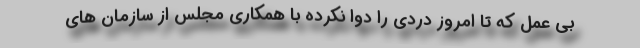
بی عمل که تا امروز دردی را دوا نکرده با همکاری مجلس از سازمان های